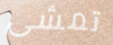
تمشى